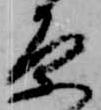
原